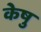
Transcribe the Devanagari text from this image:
केषु